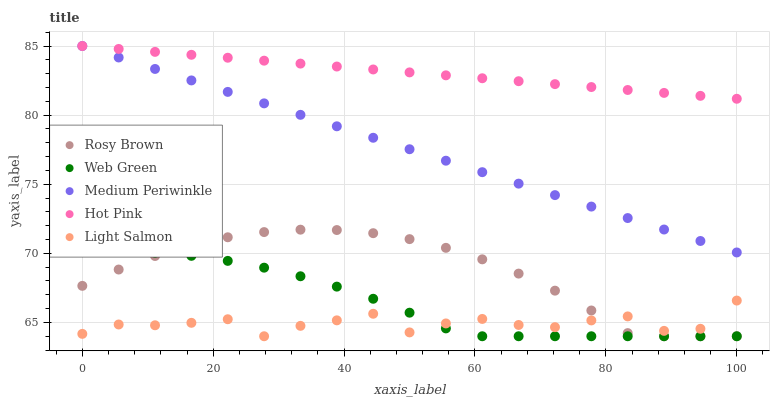
| xaxis_label | Rosy Brown | Web Green | Medium Periwinkle | Hot Pink | Light Salmon |
 | --- | --- | --- | --- | --- | --- |
 | 0 | 67.6 | 70.1 | 85 | 85 | 64.2 |
 | 5.56 | 68.8 | 70.2 | 84.2 | 84.8 | 64.9 |
 | 11.1 | 69.8 | 70.1 | 83.3 | 84.6 | 64.8 |
 | 16.7 | 70.6 | 69.8 | 82.5 | 84.4 | 65 |
 | 22.2 | 71.2 | 69.5 | 81.7 | 84.2 | 65.2 |
 | 27.8 | 71.5 | 69 | 80.9 | 83.9 | 64 |
 | 33.3 | 71.7 | 68.3 | 80 | 83.7 | 64.8 |
 | 38.9 | 71.7 | 67.6 | 79.2 | 83.5 | 65.2 |
 | 44.4 | 71.5 | 66.7 | 78.4 | 83.3 | 65.6 |
 | 50 | 71 | 65.7 | 77.5 | 83.1 | 64.3 |
 | 55.6 | 70.4 | 64.6 | 76.7 | 82.9 | 64.9 |
 | 61.1 | 69.6 | 64 | 75.9 | 82.7 | 65.3 |
 | 66.7 | 68.5 | 64 | 75 | 82.5 | 64.8 |
 | 72.2 | 67.3 | 64 | 74.2 | 82.2 | 64.7 |
 | 77.8 | 65.9 | 64 | 73.4 | 82 | 65.1 |
 | 83.3 | 64.2 | 64 | 72.6 | 81.8 | 65.4 |
 | 88.9 | 64 | 64 | 71.7 | 81.6 | 64.4 |
 | 94.4 | 64 | 64 | 70.9 | 81.4 | 64.5 |
 | 100 | 64 | 64 | 70.1 | 81.2 | 66.6 |